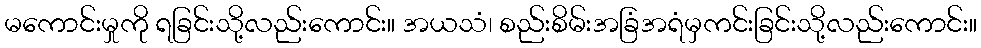
မကောင်းမှုကို ရခြင်းသို့လည်းကောင်း။ အယသံ၊ စည်းစိမ်းအခြံအရံမှကင်းခြင်းသို့လည်းကောင်း။